Senior Leaving Certificate Examination (including Day School Certificate (Higher) General paper), 1947
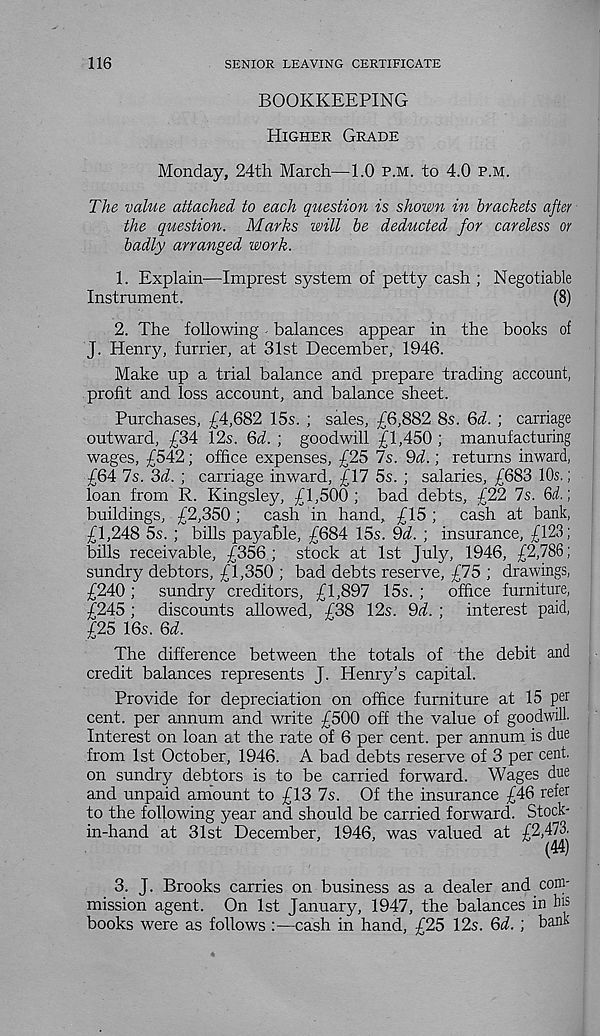
116
SENIOR LEAVING CERTIFICATE
BOOKKEEPING
Higher Grade
Monday, 24th March—1.0 p.m. to 4.0 p.m.
The value attached to each question is shown in brackets after
the question. Marks will be deducted for careless or
badly arranged work.
1. Explain—Imprest system of petty cash ; Negotiable
Instrument.
(8)
2. The following - balances appear in the books of
J. Henry, furrier, at 31st December, 1946.
Make up a trial balance and prepare trading account,
profit and loss account, and balance sheet.
Purchases, £4,682 15s. ; sales, £6,882 8s. Qd. ; carriage
outward, £34 12s. Qd. ; goodwill £1,450 ; manufacturing
wages, £542; office expenses, £25 7s. 9d.; returns inward,
£64 7s. 3d ; carriage inward, £17 5s. ; salaries, £683 10s.;
loan from R. Kingsley, £1,500 ; bad debts, £22 7s. 6d.;
buildings, £2,350 ;
cash in hand, £15 ;
cash at bank,
£1,248 5s. ; bills payable, £684 15s. 9d. ; insurance, £123;
bills receivable, £356 ; stock at 1st July, 1946, £2,786;
sundry debtors, £1,350 ; bad debts reserve, £75 ; drawings,
£240 ;
sundry creditors, £1,897 15s. ;
office furniture,
£245 ; discounts allowed, £38 12s. 9d. ; interest paid,
£25 16s. 6d.
The difference between the totals of the debit and
credit balances represents J. Henry’s capital.
Provide for depreciation on office furniture at 15 per
cent, per annum and write £500 off the value of goodwill.
Interest on loan at the rate of 6 per cent, per annum is due
from 1st October, 1946. A bad debts reserve of 3 per cent,
on sundry debtors is to be carried forward. Wages due
and unpaid amount to £13 7s. Of the insurance £46 refer
to the following year and should be carried forward. Stock-
in-hand at 31st December, 1946, was valued at £2,473'
(44)
3. J. Brooks carries on business as a dealer and com-
mission agent. On 1st January, 1947, the balances in h' 5
books were as follows :—cash in hand, £25 12s. 6d. ; bank